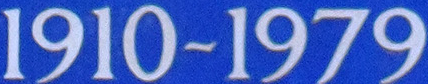
1910~1979